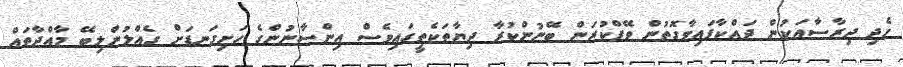
ހެދި ދިރާސާއަކުން ދައްކާފައިވާގޮތުން ވޭޕްކުރަން ބޭނުންކުރާ ދިޔާތަކެތީގައިވެސް އިންސާނުންގެ ހަށިގަނޑަށް ގެއްލުންލިބޭ މާއްދާތައް